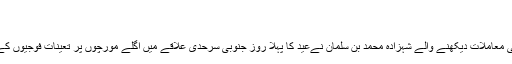
تصاویر سامنے آگئیں
محمد عمیر دبیر 4 جون 2019
ریاض: سعودی عرب کے ولی عہد اور دفاعی معاملات دیکھنے والے شہزادہ محمد بن سلمان نےعید کا پہلا روز جنوبی سرحدی علاقے میں اگلے مورچوں پر تعینات فوجیوں کے ساتھ گزارا اور انہیں خراجِ تحسین پیش کیا۔